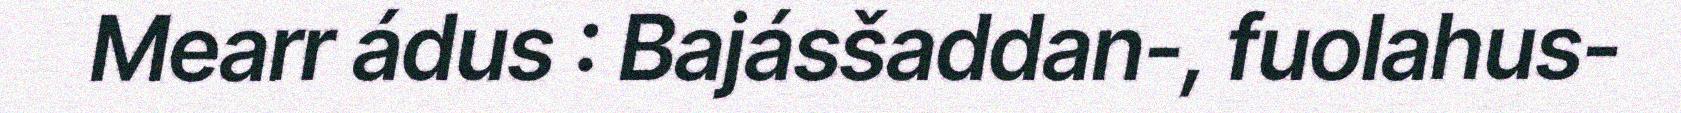
Mearr ádus : Bajásšaddan-, fuolahus-